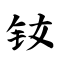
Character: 钕